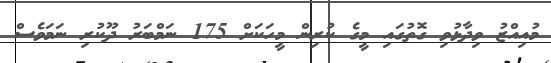
މުއިއްޒު ވިދާޅުވި ގޮތުގައި މީގެ ކުރިން މީހަކަށް 175 ނަމްބަރު ދޫކުރި ނަމަވެސް